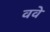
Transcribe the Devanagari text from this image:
ववे